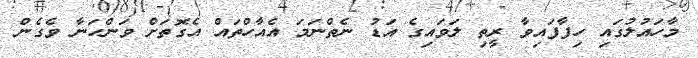
މާހައުލުގައި ހިފާފައިވާ ރީތި ލަވައިގެ އަޑު ނެތްނަމަ އެއާހްތައް އެގޮތަށް ވަންހަނާ ވެގެން